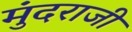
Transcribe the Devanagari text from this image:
मुंदराजी